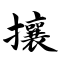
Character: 攘